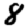
Digit: 8